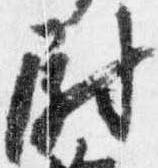
尉